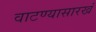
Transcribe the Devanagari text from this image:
वाटण्यासारखं